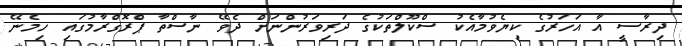
ދިރާސީ އާ އަހަރުގެ ކިޔެވުމާއެކު ސްކޫލްތަކުގެ ދަރިވަރުންނަށް ދެވޭ ނާސްތާ ޕްރޮގްރާމުގައި ހިމެނޭ